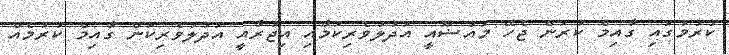
ކުރުމުގައި ގާއިމް ކުރަން ޖެހޭ މައުޟޫއީ އަދުލުވެރިކަމާއި އިޖުރާއީ އަދުލުވެރިކަން ގާއިމް ކުރުމެއް